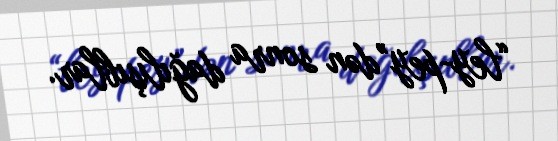
“ley-pey”dən sonra dağılışıblar.